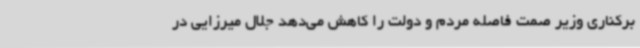
برکناری وزیر صمت فاصله مردم و دولت را کاهش می‌دهد جلال میرزایی در